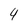
Character: 4